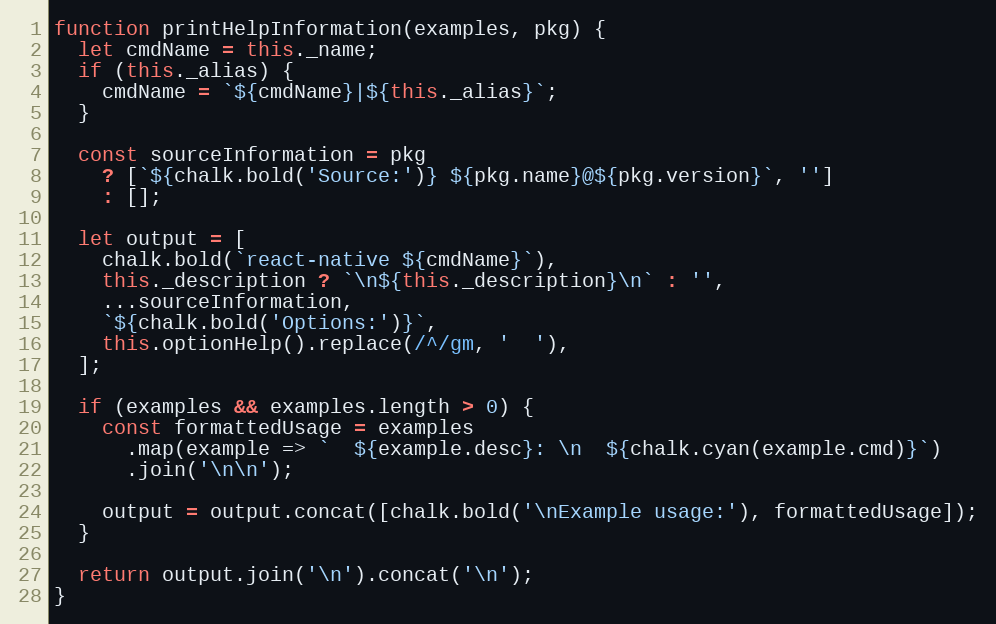
Language: JavaScript
function printHelpInformation(examples, pkg) {
  let cmdName = this._name;
  if (this._alias) {
    cmdName = `${cmdName}|${this._alias}`;
  }

  const sourceInformation = pkg
    ? [`${chalk.bold('Source:')} ${pkg.name}@${pkg.version}`, '']
    : [];

  let output = [
    chalk.bold(`react-native ${cmdName}`),
    this._description ? `\n${this._description}\n` : '',
    ...sourceInformation,
    `${chalk.bold('Options:')}`,
    this.optionHelp().replace(/^/gm, '  '),
  ];

  if (examples && examples.length > 0) {
    const formattedUsage = examples
      .map(example => `  ${example.desc}: \n  ${chalk.cyan(example.cmd)}`)
      .join('\n\n');

    output = output.concat([chalk.bold('\nExample usage:'), formattedUsage]);
  }

  return output.join('\n').concat('\n');
}